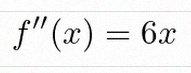
f''(x)=6x